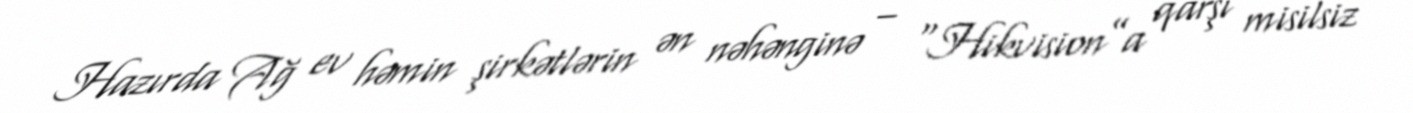
Hazırda Ağ ev həmin şirkətlərin ən nəhənginə – “Hikvision”a qarşı misilsiz